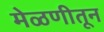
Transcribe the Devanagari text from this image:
मेळणीतून